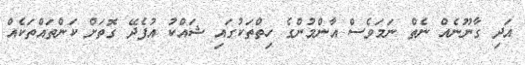
އަދި ގާނޫނެއް ނެތް ނަމަވެސް އާންމުންގެ ހިތްތަކުގައި ޝައްކު އުފެދޭ ގޮތަށް ކަންތައްތަކެއް